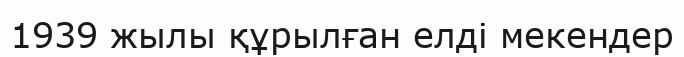
1939 жылы құрылған елді мекендер